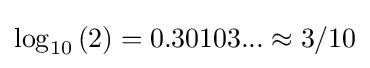
\log _{10}{(2)}=0.30103...\approx 3/10